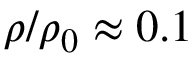
\rho / \rho _ { 0 } \approx 0 . 1